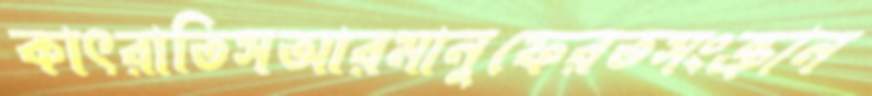
কাৎরাতিসআরমানুফেরতসংক্রান